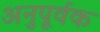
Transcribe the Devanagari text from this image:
अनुपूर्वक